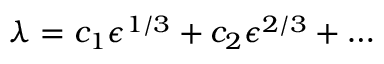
\lambda = c _ { 1 } \epsilon ^ { 1 / 3 } + c _ { 2 } \epsilon ^ { 2 / 3 } + \ldots